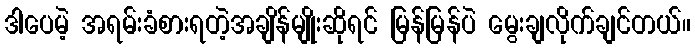
ဒါပေမဲ့ အရမ်းခံစားရတဲ့အချိန်မျိုးဆိုရင် မြန်မြန်ပဲ မွေးချလိုက်ချင်တယ်။